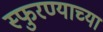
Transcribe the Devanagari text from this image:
स्फुरण्याच्या